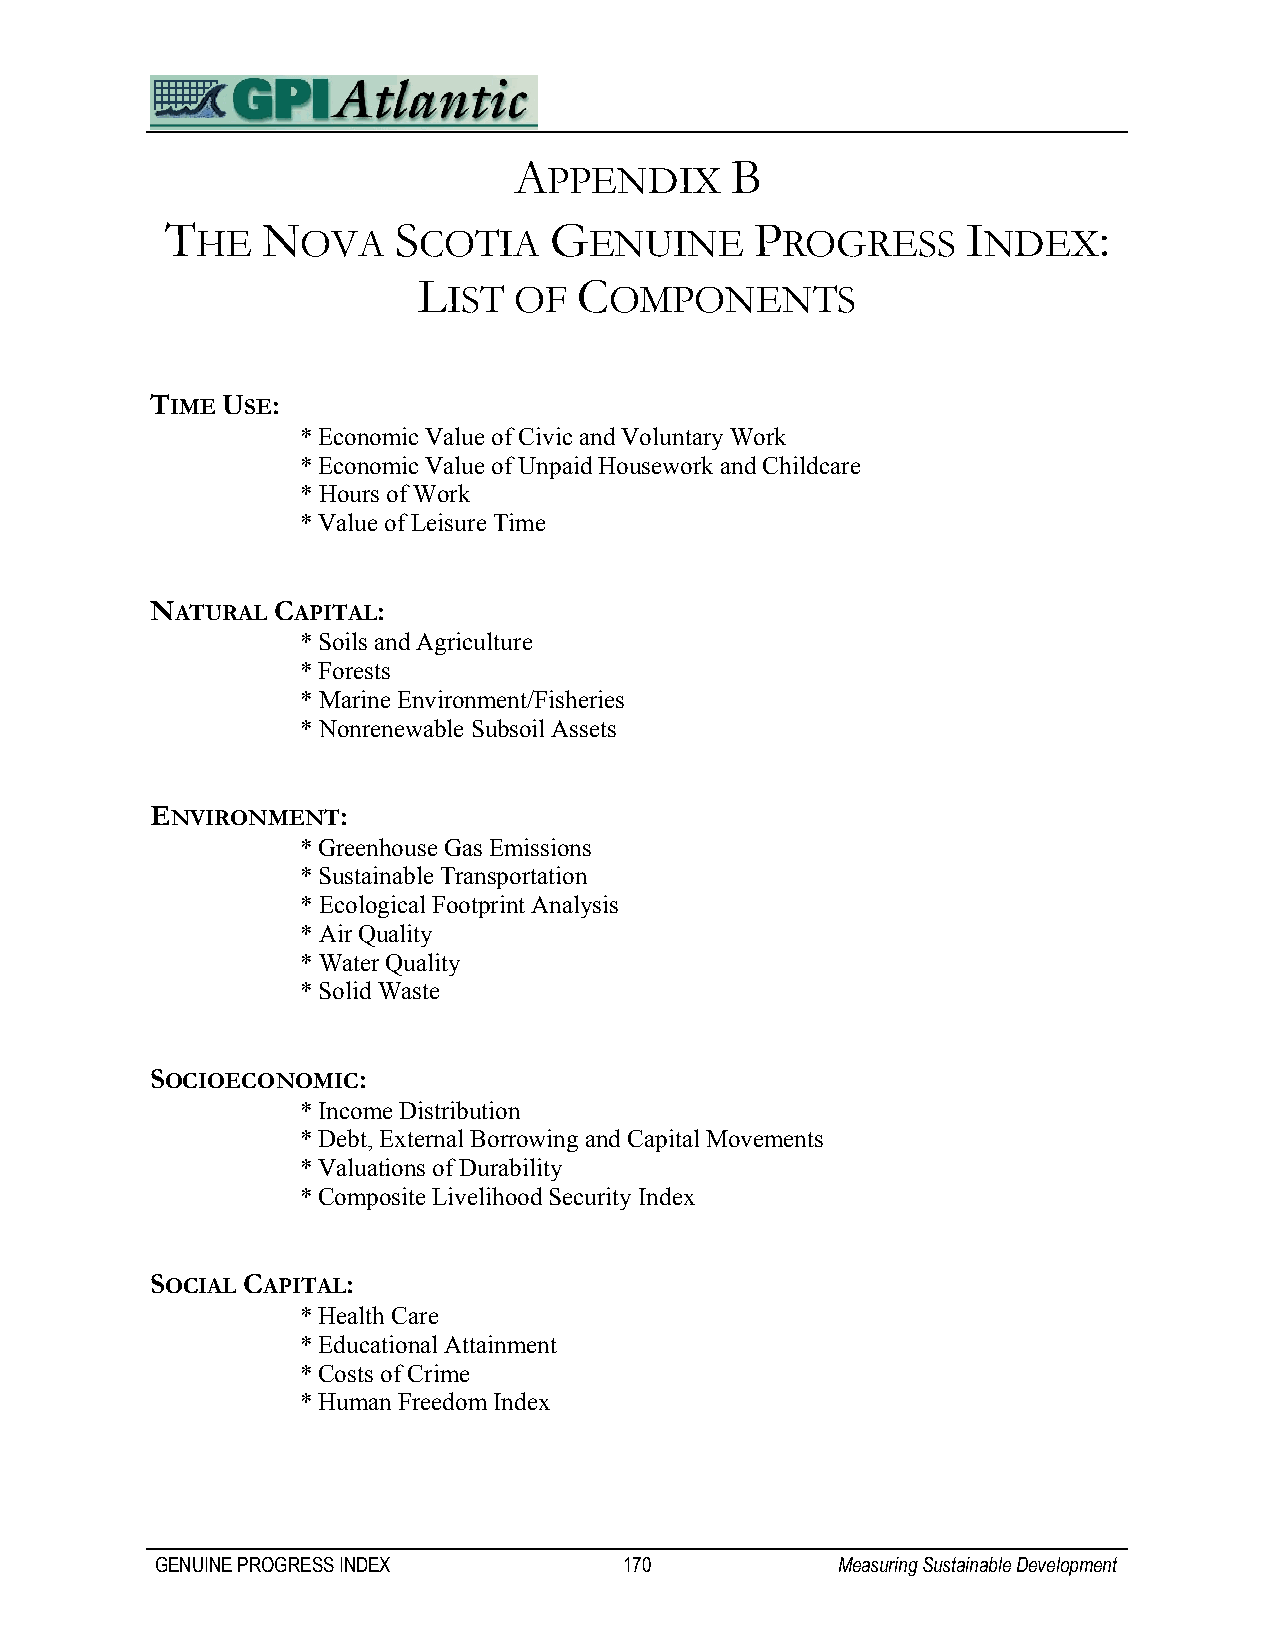
A             B
 PPENDIX
 T     N        S         G             P             I        :
 HE     OVA     COTIA      ENUINE       ROGRESS      NDEX
 L         C
 IST OF    OMPONENTS
 TIME USE:
 * Economic Value of Civic and Voluntary Work
 * Economic Value of Unpaid Housework and Childcare
 * Hours of Work
 * Value of Leisure Time
 NATURAL CAPITAL:
 * Soils and Agriculture
 * Forests
 * Marine Environment/Fisheries
 * Nonrenewable Subsoil Assets
 ENVIRONMENT:
 * Greenhouse Gas Emissions
 * Sustainable Transportation
 * Ecological Footprint Analysis
 * Air Quality
 * Water Quality
 * Solid Waste
 SOCIOECONOMIC:
 * Income Distribution
 * Debt, External Borrowing and Capital Movements
 * Valuations of Durability
 * Composite Livelihood Security Index
 SOCIAL CAPITAL:
 * Health Care
 * Educational Attainment
 * Costs of Crime
 * Human Freedom Index
 GENUINE PROGRESS INDEX         170           Measuring Sustainable Development